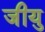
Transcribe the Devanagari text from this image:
जीयु